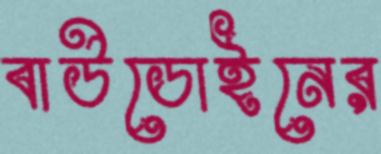
বাউডোইনের